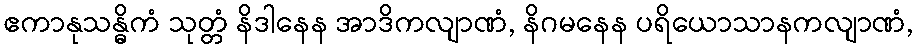
ဧကာနုသန္ဓိကံ သုတ္တံ နိဒါနေန အာဒိကလျာဏံ, နိဂမနေန ပရိယောသာနကလျာဏံ,